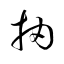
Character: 抽